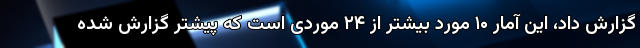
گزارش داد، این آمار ۱۰ مورد بیشتر از ۲۴ موردی است که پیشتر گزارش شده